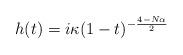
LaTeX: \begin{align*} h(t)= i\kappa (1-t)^{- \frac {4 - N\alpha } {2}} \end{align*}